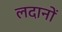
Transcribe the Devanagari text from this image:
लदानों